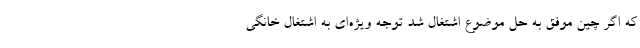
که اگر چین موفق به حل موضوع اشتغال شد توجه ویژه‌ای به اشتغال خانگی